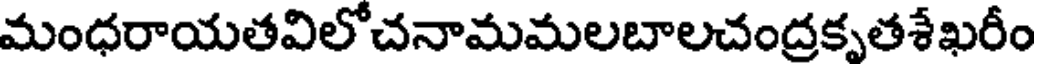
మంధరాయతవిలోచనామమలబాలచంద్రకృతశేఖరీం